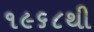
૧૯૬૮થી